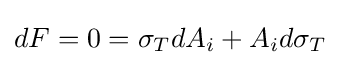
dF=0=\sigma _{T}dA_{i}+A_{i}d\sigma _{T}